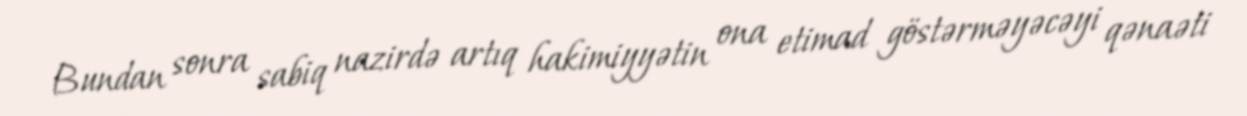
Bundan sonra sabiq nazirdə artıq hakimiyyətin ona etimad göstərməyəcəyi qənaəti